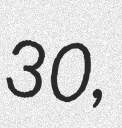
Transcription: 30,